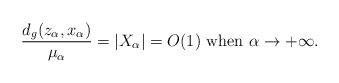
\begin{align*}\frac{d_g(z_\alpha, x_\alpha)}{\mu_\alpha} = |X_\alpha| = O(1)\hbox{ when }\alpha\to +\infty.\end{align*}